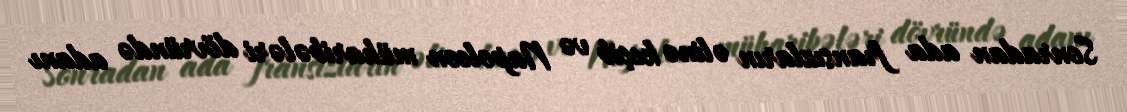
Sonradan ada fransızların əlinə keçib və Napoleon müharibələri dövründə adanı